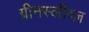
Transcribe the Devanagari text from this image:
ग्रीनस्लीव्ज़